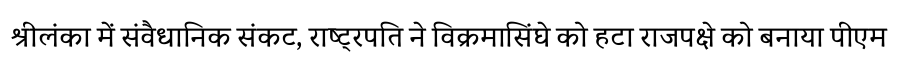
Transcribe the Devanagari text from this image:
श्रीलंका में संवैधानिक संकट, राष्ट्रपति ने विक्रमासिंघे को हटा राजपक्षे को बनाया पीएम